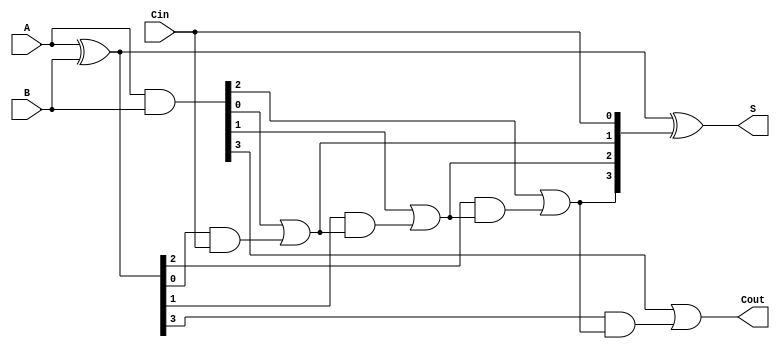
module han_carlson_adder #(parameter n = 4) (
    input  [n-1:0] A,      // n-bit input A
    input  [n-1:0] B,      // n-bit input B
    input          Cin,     // Carry-in
    output [n-1:0] S,      // n-bit sum output
    output         Cout     // Carry-out
);

    // Generate and Propagate signals
    wire [n-1:0] G; // Generate signals
    wire [n-1:0] P; // Propagate signals
    wire [n:0] C;    // Carry signals

    // Generate and Propagate logic
    assign G = A & B;          // G[i] = A[i] AND B[i]
    assign P = A ^ B;          // P[i] = A[i] XOR B[i]

    // Carry generation logic
    assign C[0] = Cin;         // C[0] = Cin
    genvar i;
    generate
        for (i = 1; i < n; i = i + 1) begin : carry_gen
            assign C[i] = G[i-1] | (P[i-1] & C[i-1]); // C[i] = G[i-1] OR (P[i-1] AND C[i-1])
        end
    endgenerate
    assign C[n] = G[n-1] | (P[n-1] & C[n-1]); // Cout = G[n-1] OR (P[n-1] AND C[n-1])

    // Sum generation logic
    assign S = P ^ C[n-1:0]; // S[i] = P[i] XOR C[i]

    // Final carry-out
    assign Cout = C[n]; // Cout = C[n]

endmodule